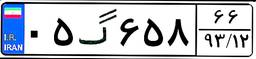
۷۶گ۰۱۱۶۱